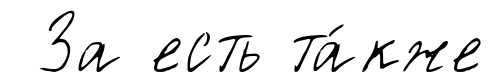
За есть та́кже